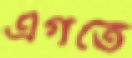
এগতে